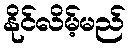
နိုင်လိမ့်မည်